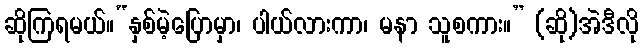
ဆိုကြရမယ်။“နှစ်မဲ့ပြောမှာ၊ ပါယ်လားကာ၊ မနာ သူစကား။” (ဆို)အဲဒီလို